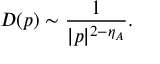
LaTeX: D ( p ) \sim \frac { 1 } { | p | ^ { 2 - \eta _ { A } } } .